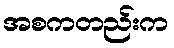
အစကတည်းက